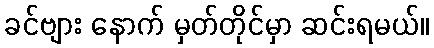
ခင်ဗျား နောက် မှတ်တိုင်မှာ ဆင်းရမယ်။